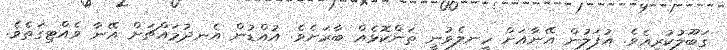
ގަބޫލުކުރިއެވެ. އުފަލުން އޭނާއަށް ހީނލެވުނީ ތަންކޮޅެއް ބާރަށެވެ. އުއްޑުން އެނދުމައްޗަށް އޭނާ ވެއްޓިގަތެވެ.